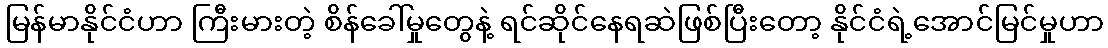
မြန်မာနိုင်ငံဟာ ကြီးမားတဲ့ စိန်ခေါ်မှုတွေနဲ့ ရင်ဆိုင်နေရဆဲဖြစ်ပြီးတော့ နိုင်ငံရဲ့အောင်မြင်မှုဟာ